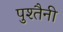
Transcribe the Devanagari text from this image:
पुश्‍तैनी